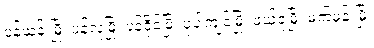
ပန်ယန်းမြို့၊ ပန်လုံမြို့၊ ပန်ဝိုင်မြို့၊ ပုံပါကျင်မြို့၊ ဖယ်ခုံမြို့၊ မက်မန်းမြို့၊